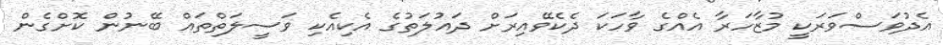
އެދުވަސްވަރަކީ މުޒާހަރާ އެއްގެ ވާހަކަ ދެކެެވޭއިރަށް ދައުލަތުގެ އެކިއެކި ވަސީލަތްތައް ބޭނުން ކޮށްގެން